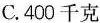
C.400千克